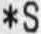
*S